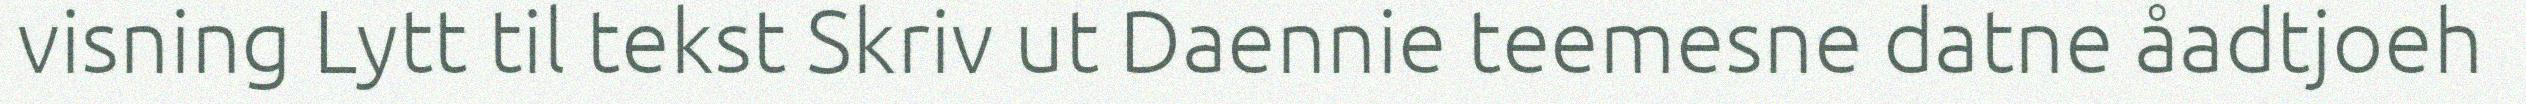
visning Lytt til tekst Skriv ut Daennie teemesne datne åadtjoeh